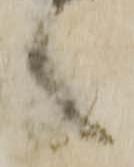
之